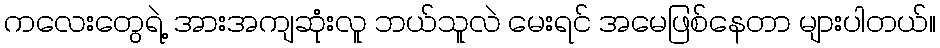
ကလေးတွေရဲ့ အားအကျဆုံးလူ ဘယ်သူလဲ မေးရင် အမေဖြစ်နေတာ များပါတယ်။